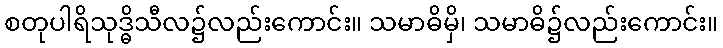
စတုပါရိသုဒ္ဓိသီလ၌လည်းကောင်း။ သမာဓိမှိ၊ သမာဓိ၌လည်းကောင်း။